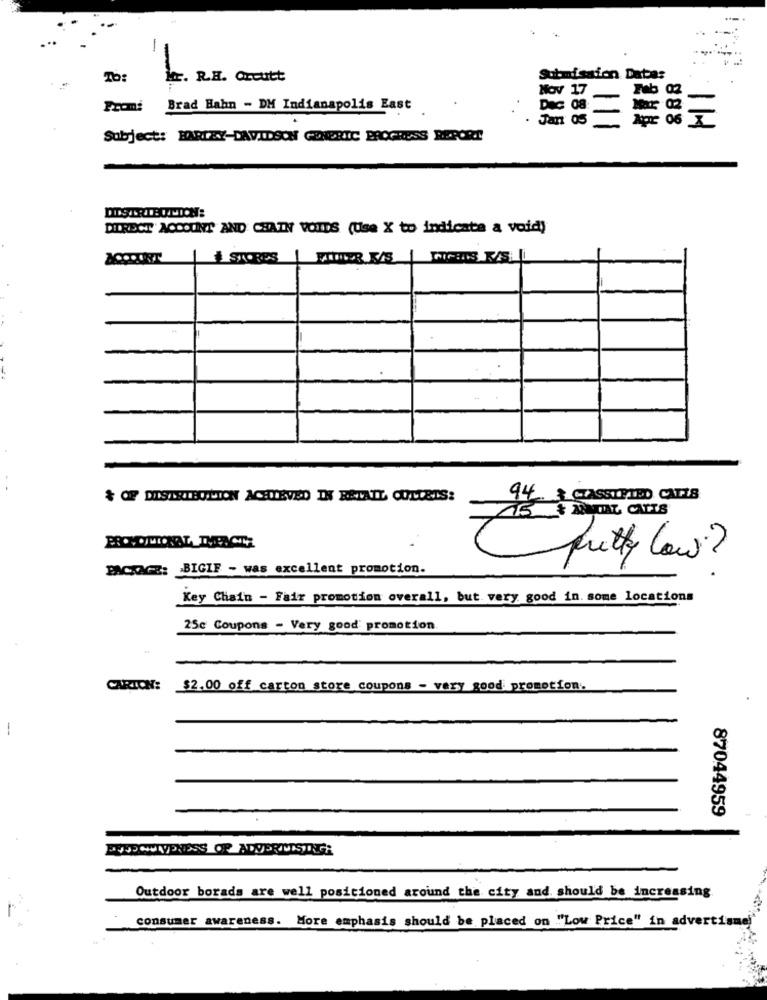
To:
Mr. R.H. Orcutt
Submission Data:
Nov 17
Fab
Brad Hahn - DM Indianapolis East
Jan 05
888
§ 111
Subject: HARLEY-DAVIDSON GENERIC PROGRESS REPORT
DIRECT ACCOUNT AND CHAIN VOIDS (Use X to indicate a void)
+ OF DISTRIBUTION ACHIEVED IN RETAIL COLLETS:
94 & CLASSIFIED CATES
15 & MENTAL CARTS
C
pretty low?
PACKAGE: BIGIF - was excellent promotion.
Key Chains - Fair promotion overall, but very good in some locations
25c Coupons - Very good promotion
CARTON: $2.00 off carton store coupons - very good promotion.
--
87044959
Outdoor borads are well positioned around the city and should be increasing.
consumer awareness. More emphasis should be placed on "Low Price" in advertisme!"